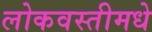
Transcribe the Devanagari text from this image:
लोकवस्तीमधे